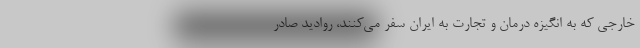
خارجی که به انگیزه درمان و تجارت به ایران سفر می‌کنند، روادید صادر